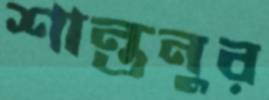
শান্তনুর